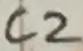
Text: C2